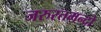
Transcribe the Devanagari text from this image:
जरुरतमन्दो